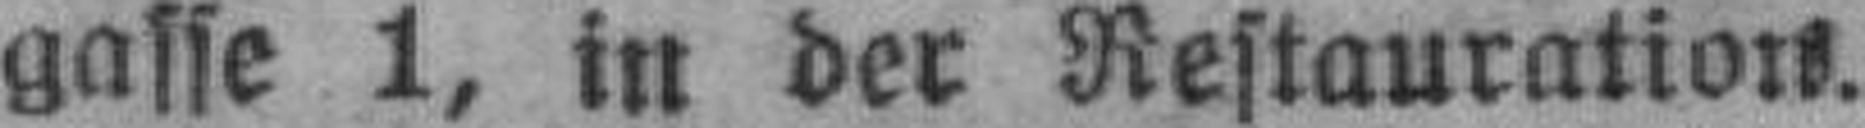
gasse 1, in der Restauration.